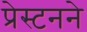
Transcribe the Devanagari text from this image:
प्रेस्टनने